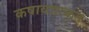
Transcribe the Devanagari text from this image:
कषायप्राकृत